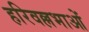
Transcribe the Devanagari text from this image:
हरिवल्लभाओं